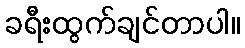
ခရီးထွက်ချင်တာပါ။